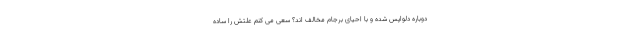
دوباره دلواپس شده و با احیای برجام مخالف اند؟ سعی می کنم علتش را ساده